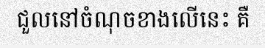
ជួលនៅចំណុចខាងលើនេះ គឺ